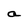
Character: a